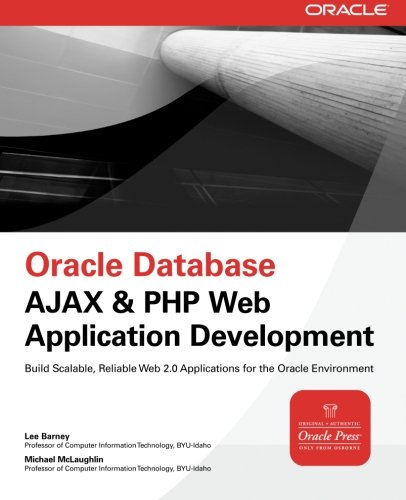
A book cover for Oracle Database Ajax & PHP Web Application Development (Oracle Press); Lee Barney; Computers & Technology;